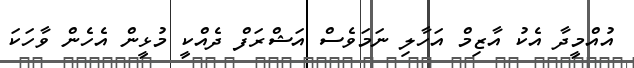
އުއްމީދާ އެކު އާޒިމް އަހާލި ނަމަވެސް އަޝްރަފް ދެއްކީ މުޅީން އެހެން ވާހަކަ